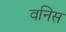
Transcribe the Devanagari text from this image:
वनिस